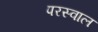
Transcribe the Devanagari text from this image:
परस्वाल